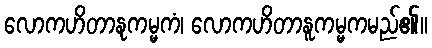
လောကဟိတာနုကမ္မကံ၊ လောကဟိတာနူကမ္မကမည်၏။